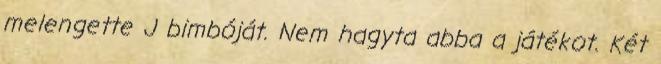
melengette J bimbóját. Nem hagyta abba a játékot. Két